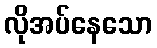
လိုအပ်နေသော